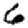
Digit: 6